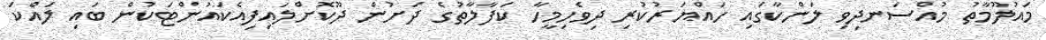
މައުލޫމާތު މުއްސަނދިވި ލަންކާގައި ހައްޔަރުކުރި ދިވެހިމީހާ ކަފާލާތުގެ ދަށުން ދޫކޮށްލައިފިއެކައުންޓަކުން ބައި ލައްކަ